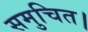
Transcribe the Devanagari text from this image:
समुचित।